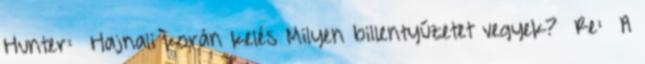
Hunter: Hajnali korán kelés Milyen billentyűzetet vegyek? Re: A